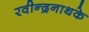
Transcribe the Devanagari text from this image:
रवीन्द्रनाथके